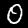
Label: 0